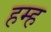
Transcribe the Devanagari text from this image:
हम्ह